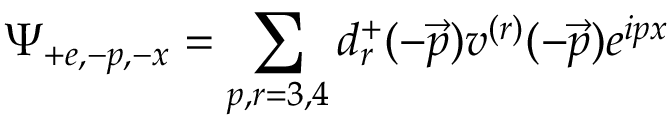
\Psi _ { + e , - p , - x } = \sum _ { p , r = 3 , 4 } d _ { r } ^ { + } ( - \vec { p } ) v ^ { ( r ) } ( - \vec { p } ) e ^ { i p x }